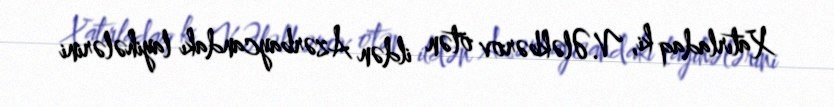
Xatırladaq ki, V.Ələkbərov ötən ildən Azərbaycandakı layihələrini